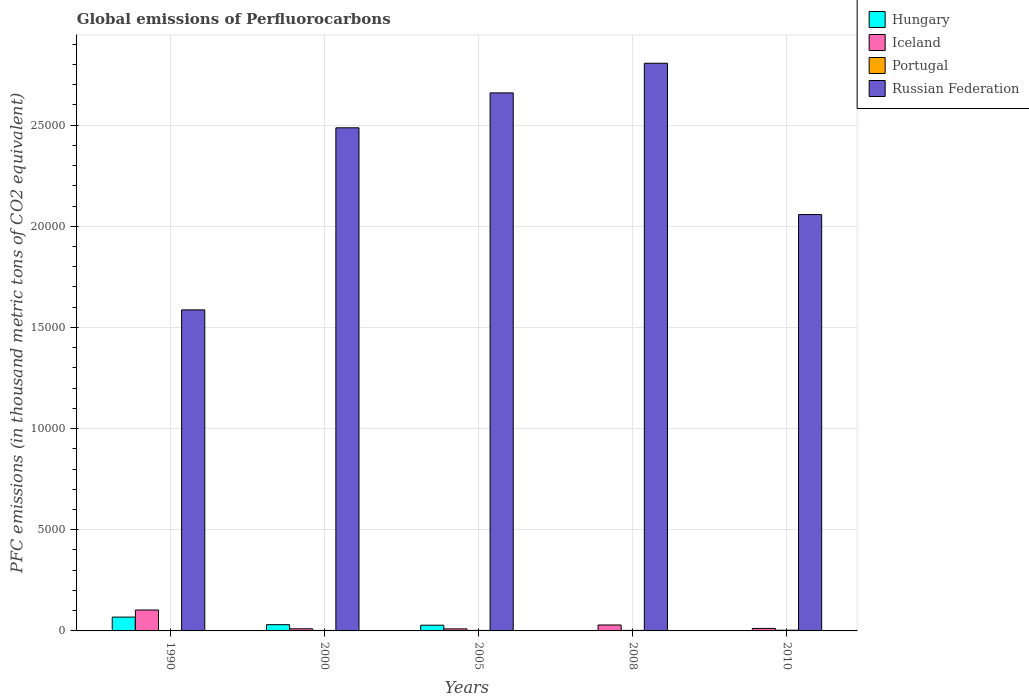
| Years | Hungary | Iceland | Portugal | Russian Federation |
 | --- | --- | --- | --- | --- |
 | 1990 | 683 | 1.03e+03 | 2.6 | 1.59e+04 |
 | 2000 | 308 | 105 | 24.6 | 2.49e+04 |
 | 2005 | 284 | 102 | 25.4 | 2.66e+04 |
 | 2008 | 2.7 | 293 | 25.9 | 2.81e+04 |
 | 2010 | 3 | 123 | 35 | 2.06e+04 |